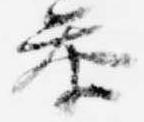
参